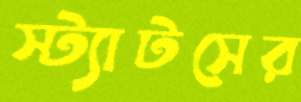
স্ট্যাটসের